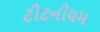
ટીટનીયમ